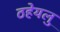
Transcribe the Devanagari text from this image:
ठहेयलु